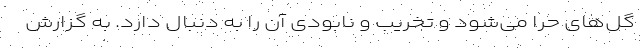
گل‌های حرّا می‌شود و تخریب و نابودی آن را به‌ دنبال دارد. به گزارش